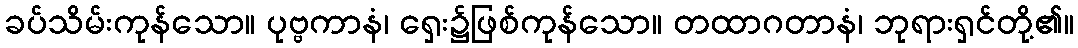
ခပ်သိမ်းကုန်သော။ ပုဗ္ဗကာနံ၊ ရှေး၌ဖြစ်ကုန်သော။ တထာဂတာနံ၊ ဘုရားရှင်တို့၏။